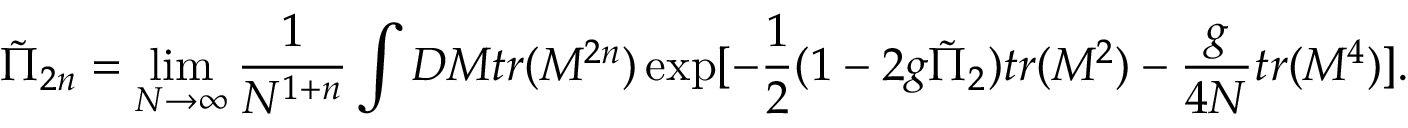
{ \tilde { \Pi } } _ { 2 n } = \operatorname * { l i m } _ { N \to \infty } \frac { 1 } { N ^ { 1 + n } } \int D M t r ( M ^ { 2 n } ) \exp [ - \frac { 1 } { 2 } ( 1 - 2 g { \tilde { \Pi } } _ { 2 } ) t r ( M ^ { 2 } ) - \frac { g } { 4 N } t r ( M ^ { 4 } ) ] .